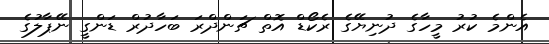
އެންމެ ކުރު މީހާގެ ދުނިޔޭގެ ރެކޯޑް އޮތް ޗަންދްރަ ބަހާދުރް ޑަންގީ ނޭޕާލުގެ